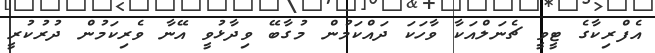
އެފްރިކާގެ ޓީވީ ޗެނަލްއަކާ ވާހަކަ ދައްކަމުން މުގާބޭ ވިދާޅުވީ އޭނާ ވެރިކަމުން ދުރުކުރީ